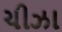
ચીઝા